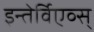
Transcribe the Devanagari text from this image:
इन्तेर्विएव्स्